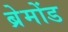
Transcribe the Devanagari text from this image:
ब्रेमोंड